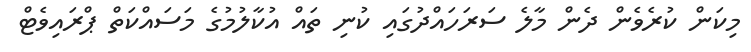
މިކަން ކުރެވެން ދެން މާލެ ސަރަހައްދުގައި ކުނި ތައް އުކާލުމުގެ މަސައްކަތް ޕްރައިވެޓް